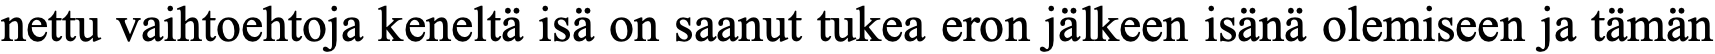
nettu vaihtoehtoja keneltä isä on saanut tukea eron jälkeen isänä olemiseen ja tämän